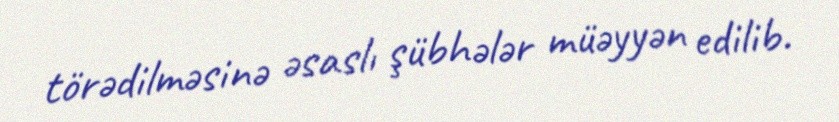
törədilməsinə əsaslı şübhələr müəyyən edilib.